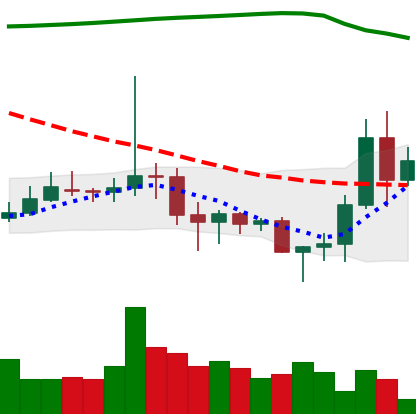
Ticker: DOGE-USD
Chart end date: 2020-11-08
Forward return: 4.057%
Label: up_3_5